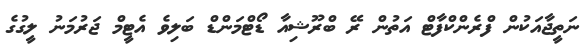
ނަތީޖާއަކުން ފްރެންކްފާޓް އަތުން ރޭ ބްރޫޝިއާ ޑޯޓްމަންޑް ބަލިވެ އެޓީމް ޖަރުމަނު ލީގުގެ